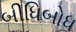
બીધિબોધ